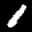
Label: 1